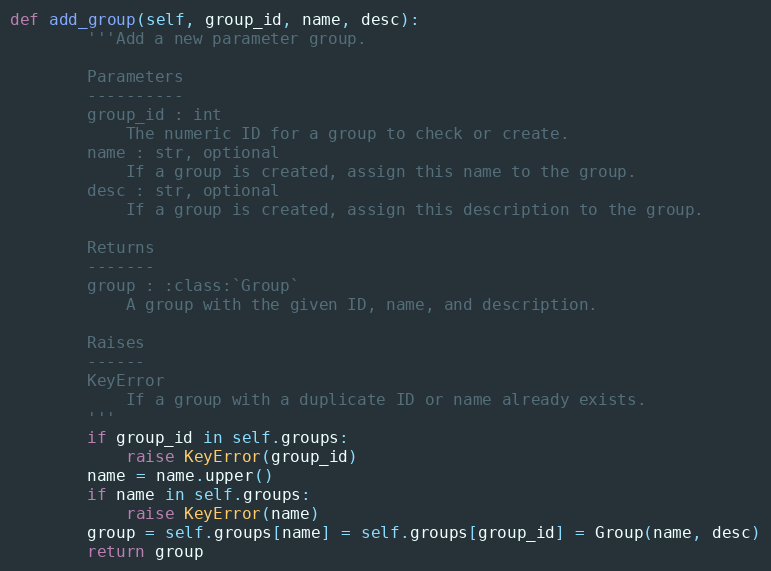
Language: Python
def add_group(self, group_id, name, desc):
        '''Add a new parameter group.

        Parameters
        ----------
        group_id : int
            The numeric ID for a group to check or create.
        name : str, optional
            If a group is created, assign this name to the group.
        desc : str, optional
            If a group is created, assign this description to the group.

        Returns
        -------
        group : :class:`Group`
            A group with the given ID, name, and description.

        Raises
        ------
        KeyError
            If a group with a duplicate ID or name already exists.
        '''
        if group_id in self.groups:
            raise KeyError(group_id)
        name = name.upper()
        if name in self.groups:
            raise KeyError(name)
        group = self.groups[name] = self.groups[group_id] = Group(name, desc)
        return group